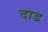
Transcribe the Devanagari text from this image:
दाड